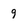
Character: 9